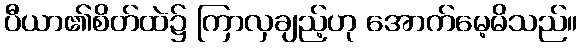
ပီယာ၏စိတ်ထဲ၌ ကြာလှချည့်ဟု အောက်မေ့မိသည်။